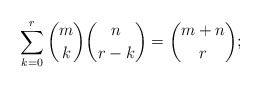
\begin{align*} \begin{aligned} \sum_{k=0}^{r}{{m \choose k}{n \choose r-k}} = {m+n \choose r}; \end{aligned} \end{align*}